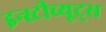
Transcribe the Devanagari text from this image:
इन्स्टीच्यूट्स